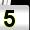
Digit: 5